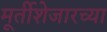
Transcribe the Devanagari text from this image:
मूर्तीशेजारच्या